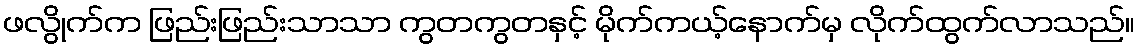
ဖလွိုက်က ဖြည်းဖြည်းသာသာ ကွတကွတနှင့် မိုက်ကယ့်နောက်မှ လိုက်ထွက်လာသည်။